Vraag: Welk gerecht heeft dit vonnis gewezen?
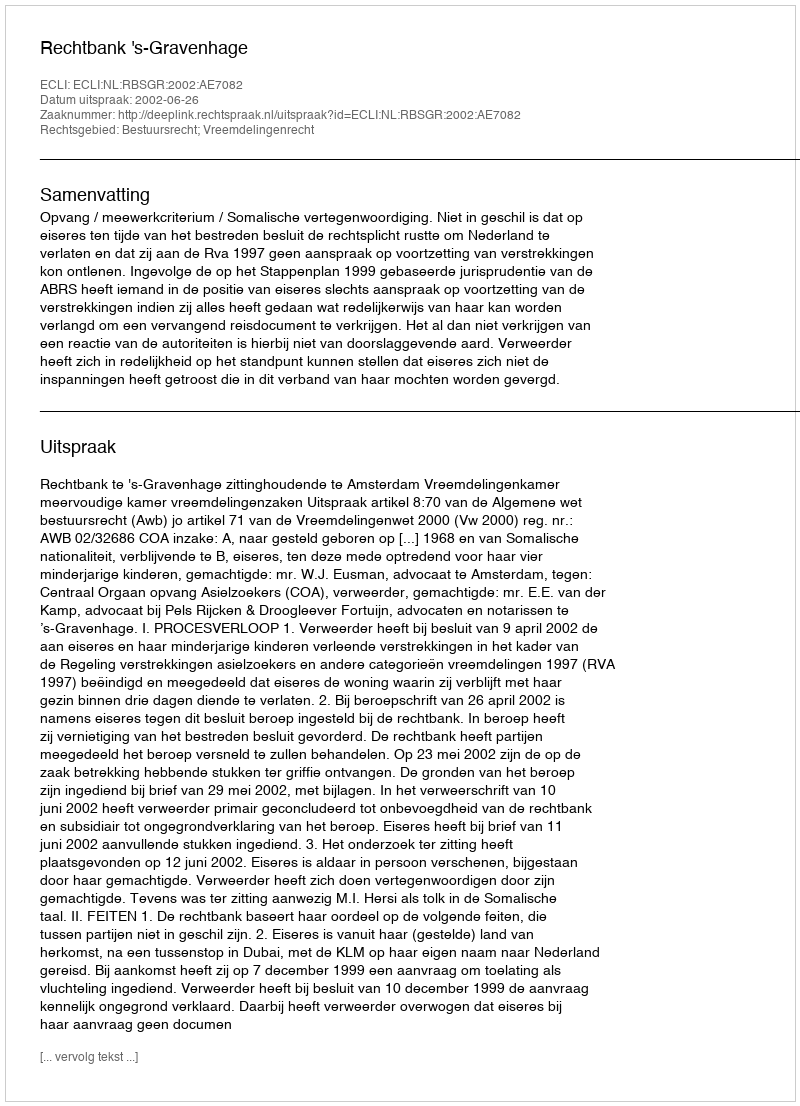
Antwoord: Rechtbank 's-Gravenhage